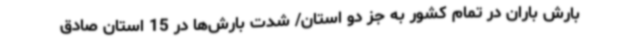
بارش باران در تمام کشور به جز دو استان/ شدت بارش‌ها در 15 استان صادق